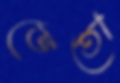
ভেতো